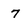
Character: 7